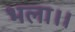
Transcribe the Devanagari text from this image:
भला।।